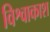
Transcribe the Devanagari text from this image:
विश्वाकाश